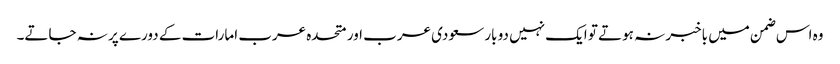
وہ اس ضمن میں باخبر نہ ہوتے تو ایک نہیں دو بار سعودی عرب اور متحدہ عرب امارات کے دورے پر نہ جاتے۔